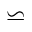
\backsimeq